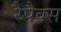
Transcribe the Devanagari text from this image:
रैपैक्स